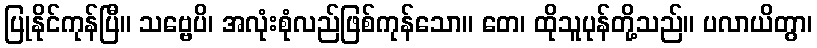
ပြုနိုင်ကုန်ပြီ။ သဗ္ဗေပိ၊ အလုံးစုံလည်ဖြစ်ကုန်သော။ တေ၊ ထိုသူပုန်တို့သည်။ ပလာယိတွာ၊